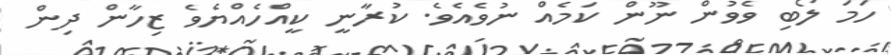
ހަމަ ލޯބި ވެވުން ނޫން ކަމެއް ނުވެއެވެ. ކުރާނީ ކީއްހެއްޔެވެ ޒިހާން ދިން